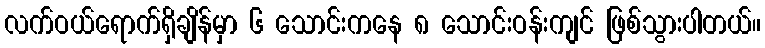
လက်ဝယ်ရောက်ရှိချိန်မှာ ၆ သောင်းကနေ ၈ သောင်းဝန်းကျင် ဖြစ်သွားပါတယ်။